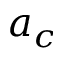
a _ { c }